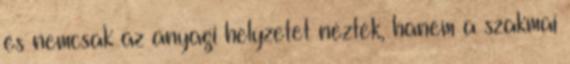
és nemcsak az anyagi helyzetet nézték, hanem a szakmai